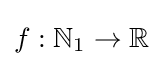
f:\mathbb {N} _{1}\rightarrow \mathbb {R}